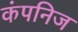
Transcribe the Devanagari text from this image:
कंपनिज